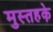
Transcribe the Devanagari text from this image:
मुस्तहके़